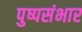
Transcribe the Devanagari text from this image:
पुष्पसंभार